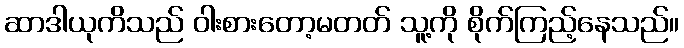
ဆာဒါယုကိသည် ဝါးစားတော့မတတ် သူ့ကို စိုက်ကြည့်နေသည်။